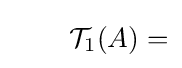
\qquad {\mathcal {T}}_{1}(A)=